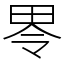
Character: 𱰮